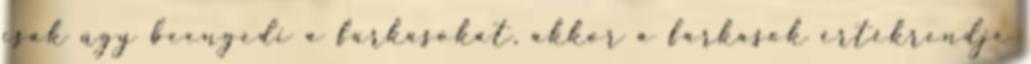
csak úgy beengedi a farkasokat, akkor a farkasok értékrendje